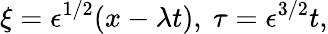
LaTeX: \xi=\epsilon^{1/2}(x-\lambda t),~\tau=\epsilon^{3/2}t,